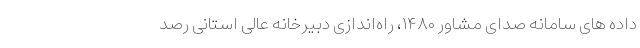
داده های سامانه صدای مشاور ۱۴۸۰، راه‌اندازی دبیرخانه عالی استانی رصد